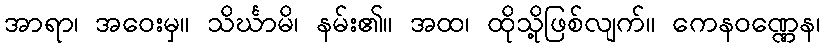
အာရာ၊ အဝေးမှ။ သိင်္ဃာမိ၊ နမ်း၏။ အထ၊ ထိုသို့ဖြစ်လျက်။ ကေနဝဏ္ဏေန၊